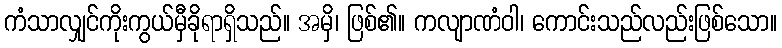
ကံသာလျှင်ကိုးကွယ်မှီခိုရာရှိသည်။ အမှိ၊ ဖြစ်၏။ ကလျာဏံဝါ၊ ကောင်းသည်လည်းဖြစ်သော။